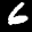
Label: 6